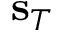
{ \bf s } _ { T }